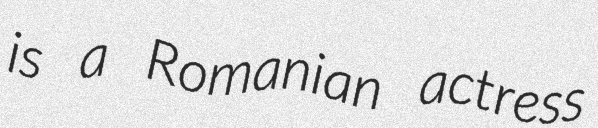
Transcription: is a Romanian actress